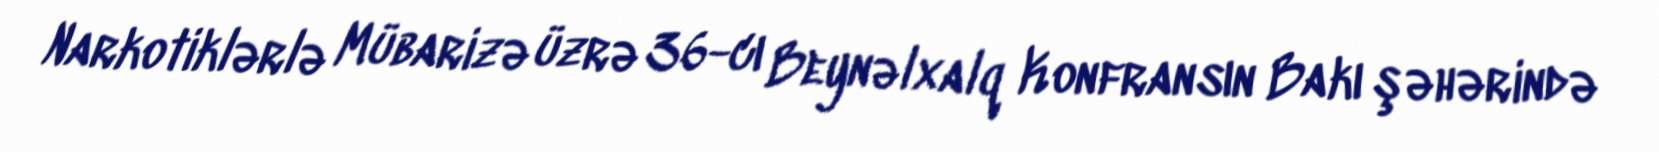
Narkotiklərlə Mübarizə üzrə 36-cı Beynəlxalq Konfransın Bakı şəhərində